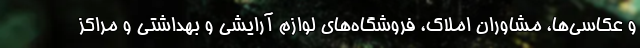
و عکاسی‌ها، مشاوران املاک، فروشگاه‌های لوازم آرایشی و بهداشتی و مراکز